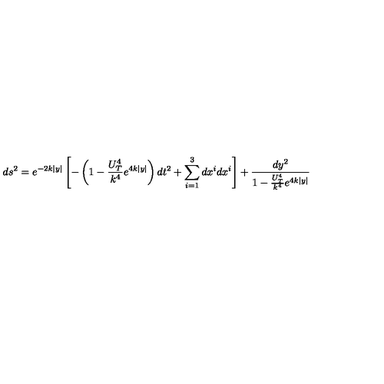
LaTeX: d s ^ { 2 } = e ^ { - 2 k | y | } \left[ - \left( 1 - \frac { U _ { T } ^ { 4 } } { k ^ { 4 } } e ^ { 4 k | y | } \right) d t ^ { 2 } + \sum _ { i = 1 } ^ { 3 } d x ^ { i } d x ^ { i } \right] + \frac { d y ^ { 2 } } { 1 - \frac { U _ { T } ^ { 4 } } { k ^ { 4 } } e ^ { 4 k | y | } }